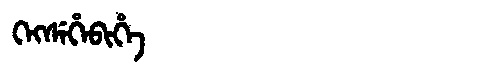
Manchu: ᡴᡝᡴᠰᡝᡥᡝᠪᡳᡥᡝ
Romanization: KEKSEHEBIHE